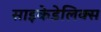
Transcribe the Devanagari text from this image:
साइकेडेलिक्स